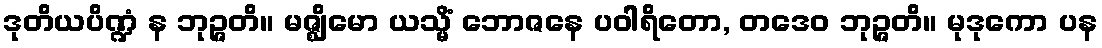
ဒုတိယပိဏ္ဍံ န ဘုဉ္ဇတိ။ မဇ္ဈိမော ယသ္မိံ ဘောဇနေ ပဝါရိတော, တဒေဝ ဘုဉ္ဇတိ။ မုဒုကော ပန